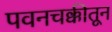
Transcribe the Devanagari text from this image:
पवनचक्कीतून